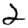
Digit: 2